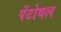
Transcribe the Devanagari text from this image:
पेंटोथल